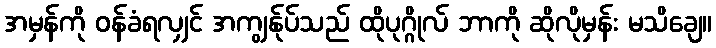
အမှန်ကို ဝန်ခံရလျှင် အကျွန်ုပ်သည် ထိုပုဂ္ဂိုလ် ဘာကို ဆိုလိုမှန်း မသိချေ။